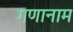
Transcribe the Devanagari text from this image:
गणानाम